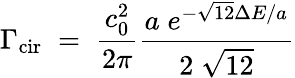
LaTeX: \Gamma_{\mathrm{cir}}\; =\; \frac{c_{0}^{2}}{2\pi}\frac{a\; e^{-\sqrt{12}\Delta E/a}}{2\; \sqrt{12}}